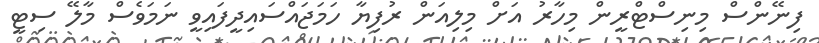
ފިނޭންސް މިނިސްޓްރީން މިހާރު އަށް މިލިއަން ރުފިޔާ ހަމަޖައްސައިދީފައިވީ ނަމަވެސް މާލޭ ސިޓީ